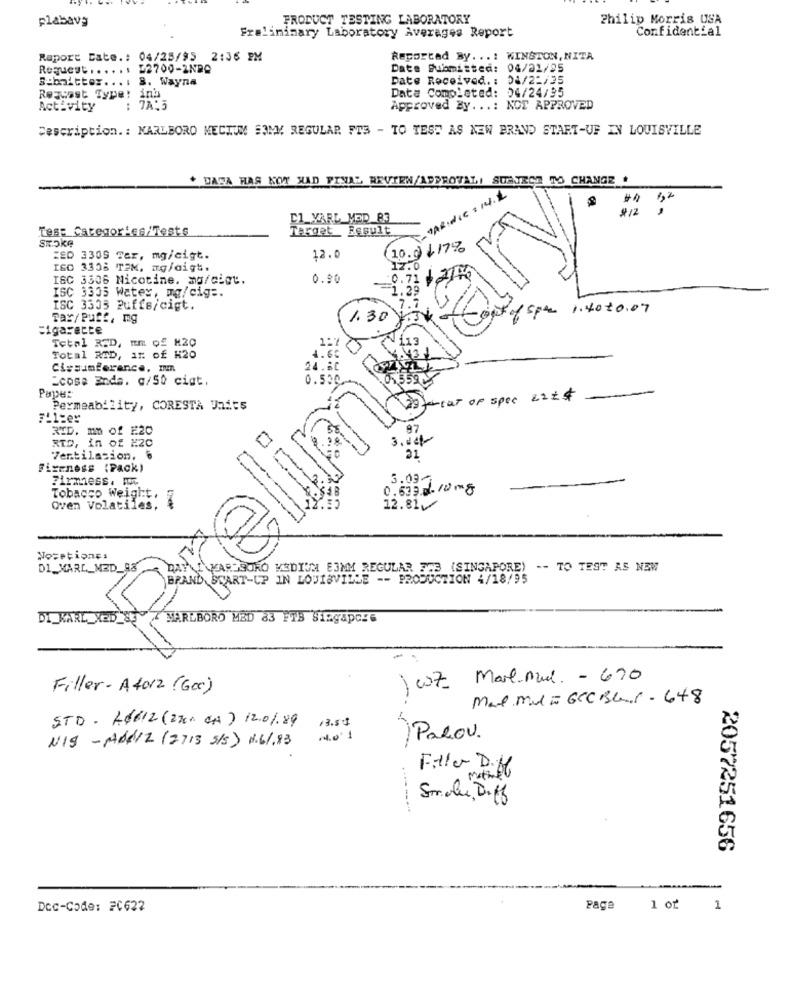
plabava
PRODUCT TESTING LABORATORY
Philip Morris USA
Confidential
Preliminary Laboratory Averages Report
Raport cate .: 04/25/95 2:36 PM
Reportad By ...: WINSTON, NITA
Request . . . . . !
L2700-2NBA
Date Submitted: 04/21/25
S:bnitter ...: 8. Wayna
Date Received. : 04/22/35
Data Completed: 04/24/95
Request Type: ina
Activity
: 7A:5
Approved By ...: NOT APPROVED
Description. : KARLBORO MECTUM SOMY REGULAR FIS - TO TEST AS NEW BRAND START-UF IN LOUISVILLE
+ DATA HAS NOW HAD FINAL REVIEW/ADDE
SUBJECT TO CHANGE .
- TARIdie : 14.2
$ 12
C1_VARL_MED_83
Test Categories/Tests
Target _ Result
17%
Smoke
10.
ZED 3305 Ter, mg/cigt.
12.0
ISO 3358 TEM, mg/aigt.
ISC 3306 Nicotine. mg/ciot.
0.80
0.
1.26
ISC 3335 Water, mg/cig =.
ISC 3335 Puffs/cigt.
Fof Spt 1.40 10.07
Tax/ Puff, mg
1.30
cigarecce
Tetal RED, nm of H20
Total RID, 11 of H20
4.60
43
Cissanferance, mm
24.80
=cose Ende. c/50 cigt.
0.530
Paper
startat of spec 22z#
Permeability, CORESTA Jaits
RID. mo of E20
97
RID, in of #20
Ventilacion, 6
21
FixEness (Pack)
Firmness. I.
0.639.0. 10 mg
3.034
Tobacco Weight.
Oven Volatiles,
12.81/
Nosetiones
DI_MARC_MED_98
RO MEDIUM EJMM REGULAR 353 (SINGAPORE) -- TO TEST AS NEW
BRAND START-UP IN LOUISVILLE -- PRODUCTION 4/18/95
DI KARL XED _83
MARLBORO MED 83 FTB Singapore
w7 Mare-mail. - 670
Filler - A4012 (Gec)
Max Mili GCC Bland - 648
STD. 40612 (27cr. CA) 12.01.89
13.50
NIS - ABRIL (2713 5/5) 1.61.83
) Palou.
Filler D.H.
Smale, Diff
-------
2057251656
Dcc-Code: 20622
Page
1 or
1